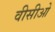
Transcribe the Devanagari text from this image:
वीसीओ